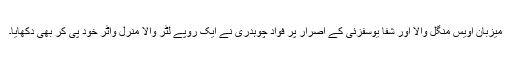
میزبان اویس منگل والا اور شفا یوسفزئی کے اصرار پر فواد چوہدری نے ایک روپے لٹر والا منرل واٹر خود پی کر بھی دِکھایا۔